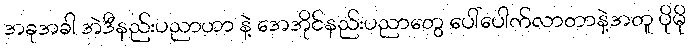
အခုအခါ အဲဒီနည်းပညာဟာ နဲ့ အေအိုင်နည်းပညာတွေ ပေါ်ပေါက်လာတာနဲ့အတူ ပိုမို